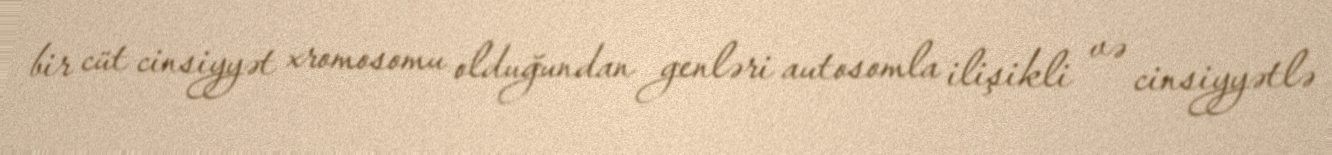
bir cüt cinsiyyət xromosomu olduğundan genləri autosomla ilişikli və cinsiyyətlə